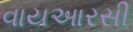
વાયઆરસી